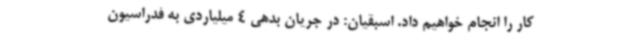
کار را انجام خواهیم داد. اسبقیان: در جریان بدهی 4 میلیاردی به فدراسیون